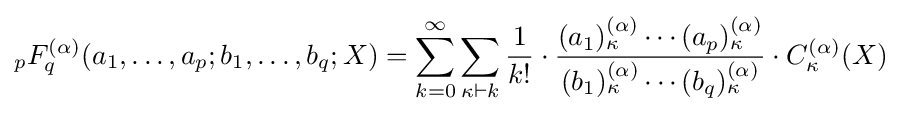
_{p}F_{q}^{(\alpha )}(a_{1},\ldots ,a_{p};b_{1},\ldots ,b_{q};X)=\sum _{k=0}^{\infty }\sum _{\kappa \vdash k}{\frac {1}{k!}}\cdot {\frac {(a_{1})_{\kappa }^{(\alpha )}\cdots (a_{p})_{\kappa }^{(\alpha )}}{(b_{1})_{\kappa }^{(\alpha )}\cdots (b_{q})_{\kappa }^{(\alpha )}}}\cdot C_{\kappa }^{(\alpha )}(X)